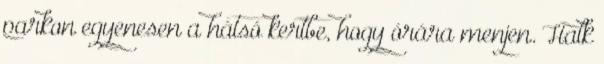
parkon egyenesen a hátsó kertbe, hogy órára menjen. Halk